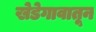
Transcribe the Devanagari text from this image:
खेडेगावातून